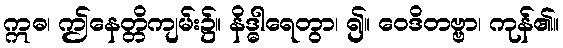
ဣဓ၊ ဤနေတ္တိကျမ်း၌။ နိဒ္ဓါရေတွာ၊ ၍။ ဝေဒိတဗ္ဗာ၊ ကုန်၏။